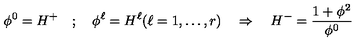
\phi ^ { 0 } = H ^ { + } \quad ; \quad \phi ^ { \ell } = H ^ { \ell } ( \ell = 1 , \dots , r ) \quad \Rightarrow \quad H ^ { - } = \frac { 1 + \mathbf { \phi } ^ { 2 } } { \phi ^ { 0 } }